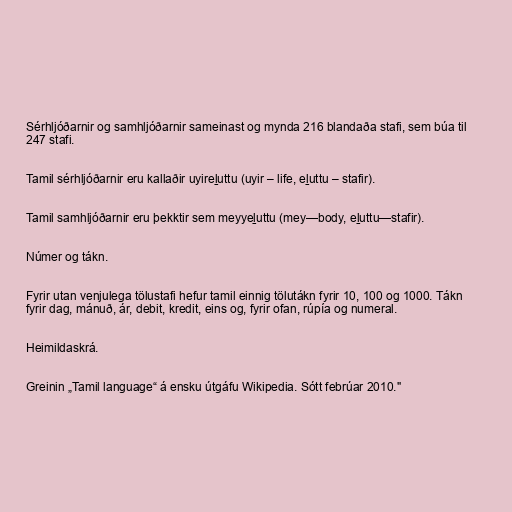
Sérhljóðarnir og samhljóðarnir sameinast og mynda 216 blandaða stafi, sem búa til
247 stafi.

Tamil sérhljóðarnir eru kallaðir uyireḻuttu (uyir – life, eḻuttu – stafir).

Tamil samhljóðarnir eru þekktir sem meyyeḻuttu (mey—body, eḻuttu—stafir).

Númer og tákn.

Fyrir utan venjulega tölustafi hefur tamil einnig tölutákn fyrir 10, 100 og 1000. Tákn
fyrir dag, mánuð, ár, debit, kredit, eins og, fyrir ofan, rúpía og numeral.

Heimildaskrá.

Greinin „Tamil language“ á ensku útgáfu Wikipedia. Sótt febrúar 2010."